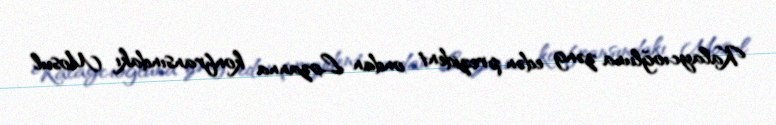
Kalaycıoğluna zəng edən prezident ondan Lozanna konfransındakı Mosul